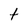
Character: t